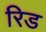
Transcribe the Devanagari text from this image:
रिड